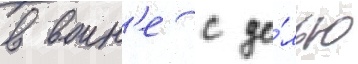
в воин'е с це́лью